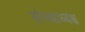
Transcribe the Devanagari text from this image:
संस्थाध्यक्ष